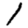
Digit: 1